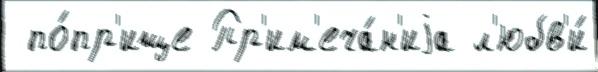
 по́пр'ище Пр'им'еча́н'иjа л'юбв'и́